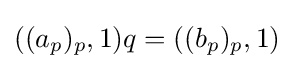
((a_{p})_{p},1)q=((b_{p})_{p},1)